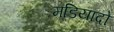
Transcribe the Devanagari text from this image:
मडियादो